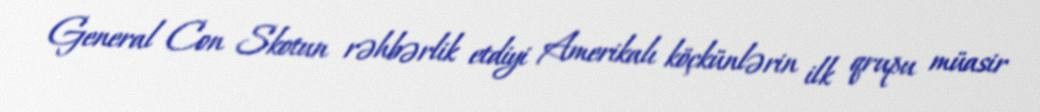
General Con Skotun rəhbərlik etdiyi Amerikalı köçkünlərin ilk qrupu müasir